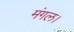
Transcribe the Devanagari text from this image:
मंगल।